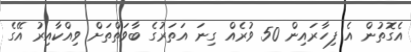
އެގޮތުން އެ ފިހާރައިން 50 ވުރެއް ގިނަ އަތަރުގެ ބާވަތްތަށް ވިއްކާއިރު އޭގެ